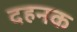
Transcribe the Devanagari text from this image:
दहनक